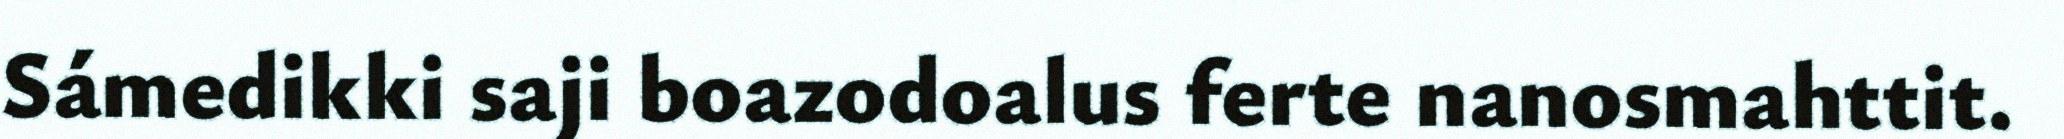
Sámedikki saji boazodoalus ferte nanosmahttit.